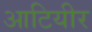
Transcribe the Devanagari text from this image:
आटियीर